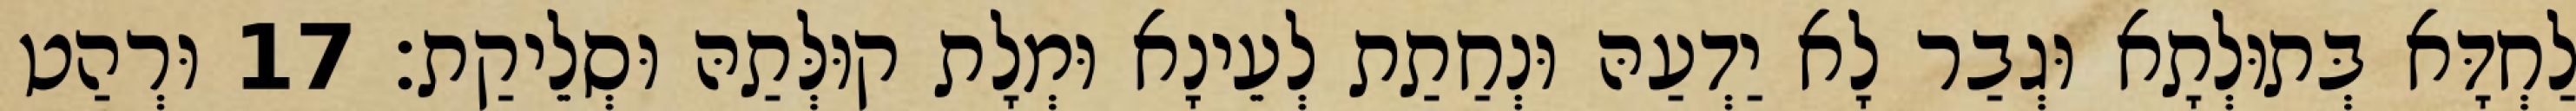
לַחְדָּא בְּתוּלְתָא וּגְבַר לָא יַדְעַהּ וּנְחַתַת לְעֵינָא וּמְלָת קוּלְּתַהּ וּסְלֵיקַת׃ 17 וּרְהַט